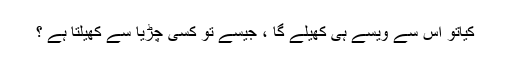
کیاتو اس سے ویسے ہی کھیلے گا ، جیسے تو کسی چڑیا سے کھیلتا ہے ؟